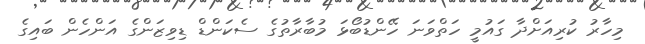
މިހާރު ކުރިއަށްދާ ގައުމީ ހަތްވަނަ ހޭންޑުބޯޅަ މުބާރާތުގެ ސެކަންޑް ޑިވިޒަންގެ އަންހެން ބައިގެ